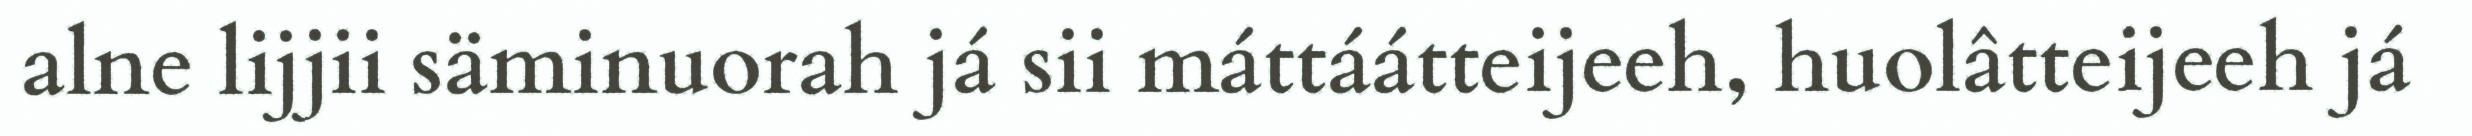
alne lijjii säminuorah já sii máttáátteijeeh, huolâtteijeeh já